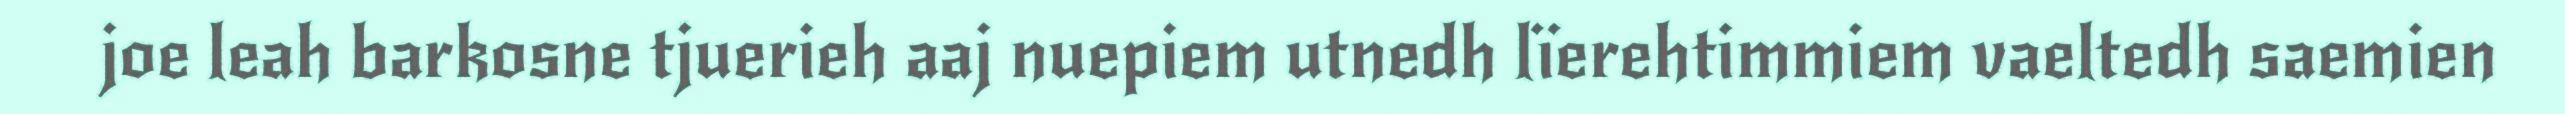
joe leah barkosne tjuerieh aaj nuepiem utnedh lïerehtimmiem vaeltedh saemien